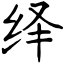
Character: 绎